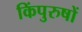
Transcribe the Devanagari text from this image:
किंपुरुषों